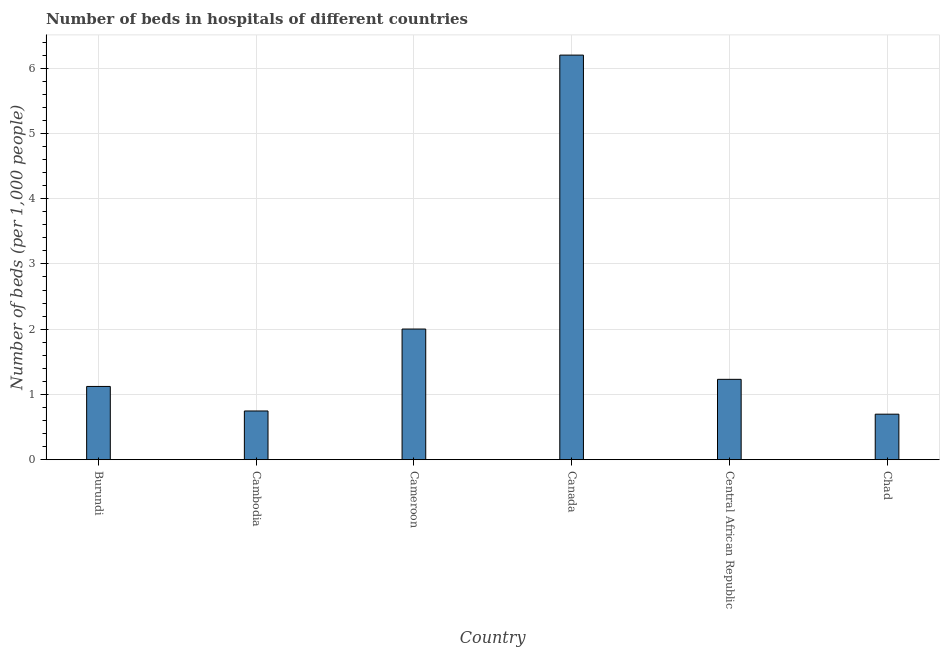
| Country | Hospital beds |
 | --- | --- |
 | Burundi | 1.12 |
 | Cambodia | 0.747 |
 | Cameroon | 2 |
 | Canada | 6.2 |
 | Central African Republic | 1.23 |
 | Chad | 0.697 |